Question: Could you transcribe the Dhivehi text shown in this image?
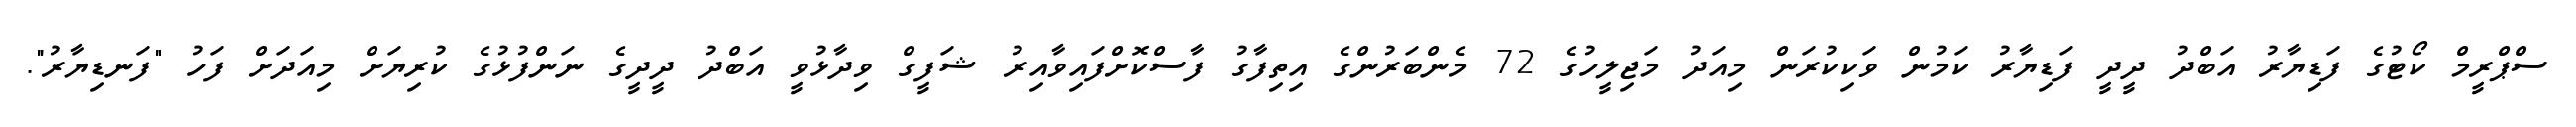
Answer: ސްޕްރީމް ކޯޓުގެ ފަޑިޔާރު އަބްދު ދީދީ ފަޑިޔާރު ކަމުން ވަކިކުރަން މިއަދު މަޖިލީހުގެ 72 މެންބަރުންގެ އިތިފާގު ފާސްކޮށްފައިވާއިރު ޝަފީގް ވިދާޅުވީ އަބްދު ދީދީގެ ނަންފުޅުގެ ކުރިޔަށް މިއަދަށް ފަހު "ފަނޑިޔާރު".